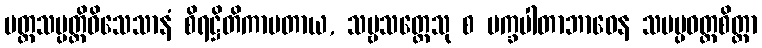
ပတ္တသမ္ပတ္တိဝိသေသာနံ စိရဋ္ဌိတိကာမတာယ, သဗ္ဗသတ္တေသု စ ပက္ခပါတာဘာဝေန သမပ္ပဝတ္တစိတ္တာ